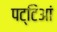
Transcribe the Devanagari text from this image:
पट्टिआं